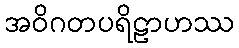
အဝိဂတပရိဠာဟဿ